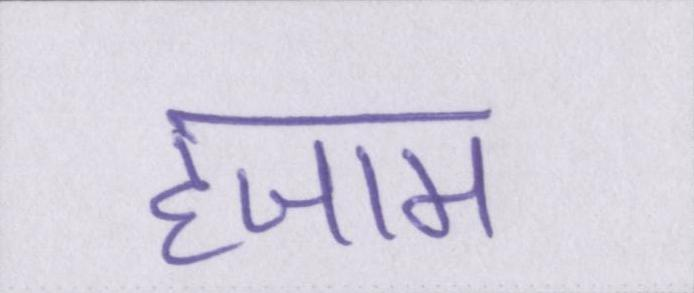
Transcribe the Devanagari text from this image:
हजाम